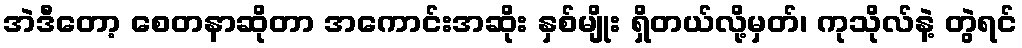
အဲဒီတော့ စေတနာဆိုတာ အကောင်းအဆိုး နှစ်မျိုး ရှိတယ်လို့မှတ်၊ ကုသိုလ်နဲ့ တွဲရင်